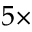
5 \times